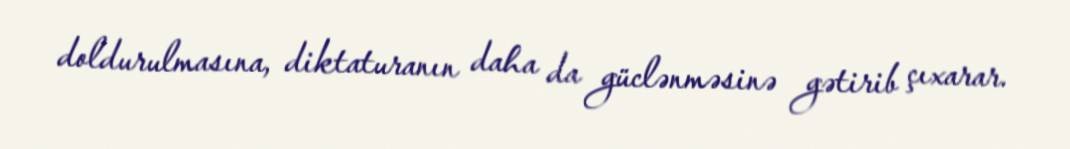
doldurulmasına, diktaturanın daha da güclənməsinə gətirib çıxarar.